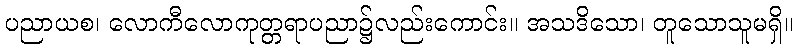
ပညာယစ၊ လောကီလောကုတ္တရာပညာ၌လည်းကောင်း။ အသဒိသော၊ တူသောသူမရှိ။